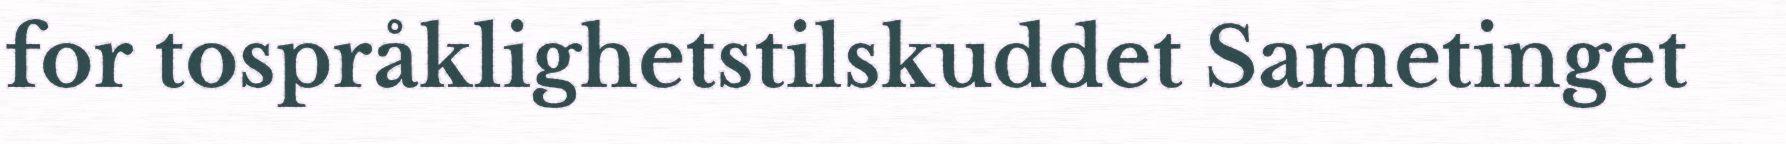
for tospråklighetstilskuddet Sametinget